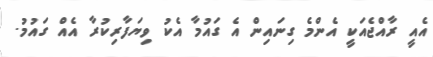
އެއީ ރާއްޖެއަކީ އެންމެ ގިނައިން އެ ގައުމާ އެކު ވިޔަފާރިކުރާ އެއް ގައުމު.